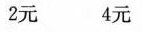
2元4元